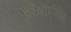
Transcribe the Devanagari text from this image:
डिकैफ़िनेटेड